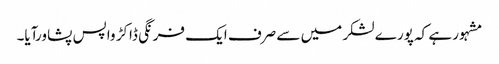
مشہور ہے کہ پورے لشکر میں سے صرف ایک فرنگی ڈاکڑ واپس پشاورآیا۔